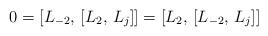
LaTeX: \begin{align*} 0 = [L_{-2}, \, [L_{2}, \, L_{j}]] = [L_{2}, \, [L_{-2}, \, L_{j}]]\end{align*}